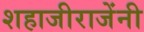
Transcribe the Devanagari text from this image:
शहाजीराजेंनी